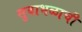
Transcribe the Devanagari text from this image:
सुबाभळाची